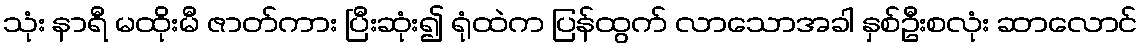
သုံး နာရီ မထိုးမီ ဇာတ်ကား ပြီးဆုံး၍ ရုံထဲက ပြန်ထွက် လာသောအခါ နှစ်ဦးစလုံး ဆာလောင်